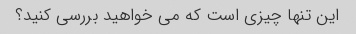
این تنها چیزی است که می خواهید بررسی کنید؟